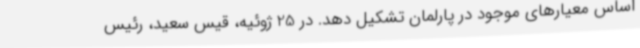
اساس معیارهای موجود در پارلمان تشکیل دهد. در 25 ژوئیه، قیس سعید، رئیس